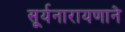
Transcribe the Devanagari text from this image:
सूर्यनारायणाने